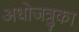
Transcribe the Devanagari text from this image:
अधोजत्रुका